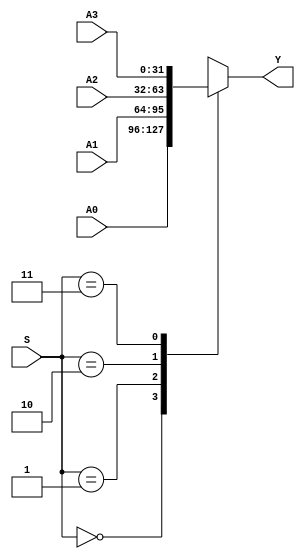
`timescale 1ns / 1ps

module MUX4X32 (A0, A1, A2, A3, S, Y);
input [31:0] A0, A1, A2, A3;
input [1:0] S;
output [31:0] Y;
function [31:0] select;
input [31:0] A0, A1, A2, A3;
input [1:0] S;
case(S)
2'b00: select = A0;
2'b01: select = A1;
2'b10: select = A2;
2'b11: select = A3;
endcase
endfunction
assign Y = select (A0, A1, A2, A3, S);
endmodule